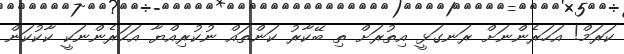
ކަރަމް! އަހަރެންނަށް ރަނގަޅީ އިތުރަށް ތި ބޭކާރު ކަންތައް ނުކުރިއްޔާ އަހަރެންނަކީ ކާކުކަން